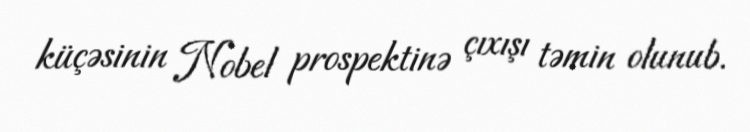
küçəsinin Nobel prospektinə çıxışı təmin olunub.